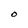
Character: O